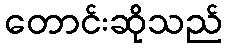
တောင်းဆိုသည်